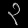
Digit: ၃